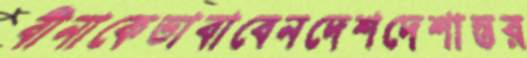
বীনাকেভাবাবেনদেশদেশান্তর